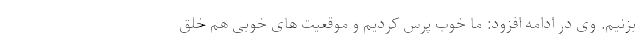
بزنیم. وی در ادامه افزود: ما خوب پرس کردیم و موقعیت های خوبی هم خلق